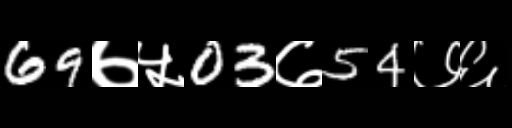
Text: 69७५03७54७६